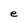
Character: e